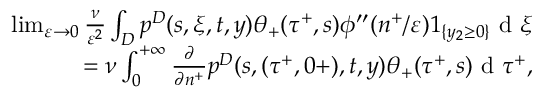
\begin{array} { r } { \operatorname* { l i m } _ { \varepsilon \to 0 } \frac { \nu } { \varepsilon ^ { 2 } } \int _ { D } p ^ { D } ( s , \xi , t , y ) \theta _ { + } ( \tau ^ { + } , s ) \phi ^ { \prime \prime } ( n ^ { + } / \varepsilon ) 1 _ { \{ y _ { 2 } \geq 0 \} } \textrm { d } \xi } \\ { = \nu \int _ { 0 } ^ { + \infty } \frac { \partial } { \partial n ^ { + } } p ^ { D } ( s , ( \tau ^ { + } , 0 + ) , t , y ) \theta _ { + } ( \tau ^ { + } , s ) \textrm { d } \tau ^ { + } , } \end{array}